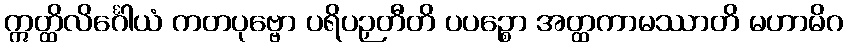
ဣတ္ထိလိင်္ဂေါယံ ကတပုဗ္ဗော ပရိပဉှတီတိ ပပဉ္စော အတ္ထကာမဿာတိ မဟာမိဂ